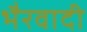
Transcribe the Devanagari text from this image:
भैरवादी